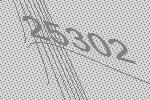
25302